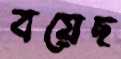
বয়েছ